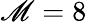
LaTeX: \mathscr{M}=8